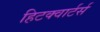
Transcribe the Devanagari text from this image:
हिटक्वार्टर्स